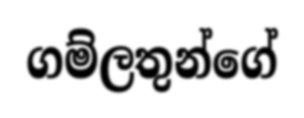
ගම්ලතුන්ගේ